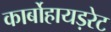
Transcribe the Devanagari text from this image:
कार्बोहायड़रेट